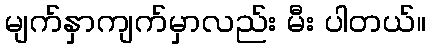
မျက်နှာကျက်မှာလည်း မီး ပါတယ်။